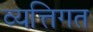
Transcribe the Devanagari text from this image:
व्यत्तिगत